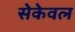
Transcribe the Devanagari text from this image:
सेकेवल